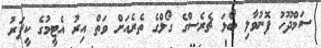
ސަމްދޫހު ފޮނުވާލި ބޯޅަ ޗެރެސްގެ ގޯލްގެ ތެރެއަށް ވަތް އިރު އެޓީމުގެ ކީޕަރު